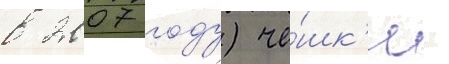
в 2007 году) че́шк'и